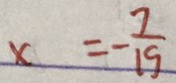
x = - \frac { 7 } { 1 9 }